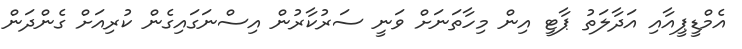
އެމްޑީޕީއާއި އަދާލަތު ޕާޓީ އިން މިހާތަނަށް ވަނީ ސަރުކާރުން އިސްނަގައިގެން ކުރިއަށް ގެންދަން